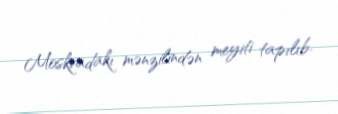
Moskvadakı mənzilindən meyiti tapılıb.